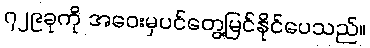
၇၂၉ခုကို အဝေးမှပင်တွေ့မြင်နိုင်ပေသည်။